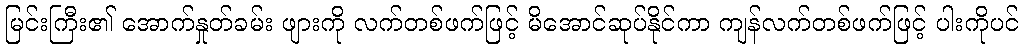
မြင်းကြီး၏ အောက်နှုတ်ခမ်း ဖျားကို လက်တစ်ဖက်ဖြင့် မိအောင်ဆုပ်နိုင်ကာ ကျန်လက်တစ်ဖက်ဖြင့် ပါးကိုပင်